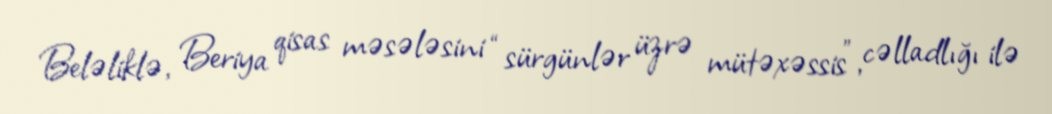
Beləliklə, Beriya qisas məsələsini “sürgünlər üzrə mütəxəssis”, cəlladlığı ilə